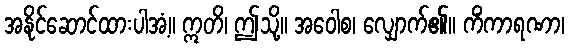
အနိုင်ဆောင်ထားပါအံ့။ ဣတိ၊ ဤသို့။ အဝေါစ၊ လျှောက်၏။ ကိံကာရဏာ၊